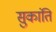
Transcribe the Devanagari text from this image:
सुकांति